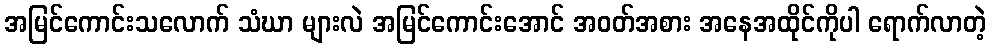
အမြင်ကောင်းသလောက် သံဃာ များလဲ အမြင်ကောင်းအောင် အဝတ်အစား အနေအထိုင်ကိုပါ ရောက်လာတဲ့